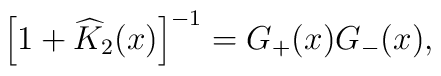
\left[1+\widehat{K}_2(x)\right]^{-1} = G_+(x) G_-(x),